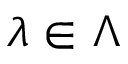
\lambda \in \Lambda